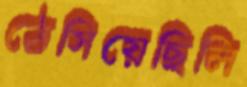
ঠেসিয়েছিলি